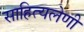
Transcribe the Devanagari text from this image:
साहित्यलेणी